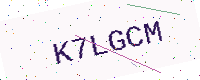
Text: K7LGCM